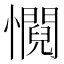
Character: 㦦